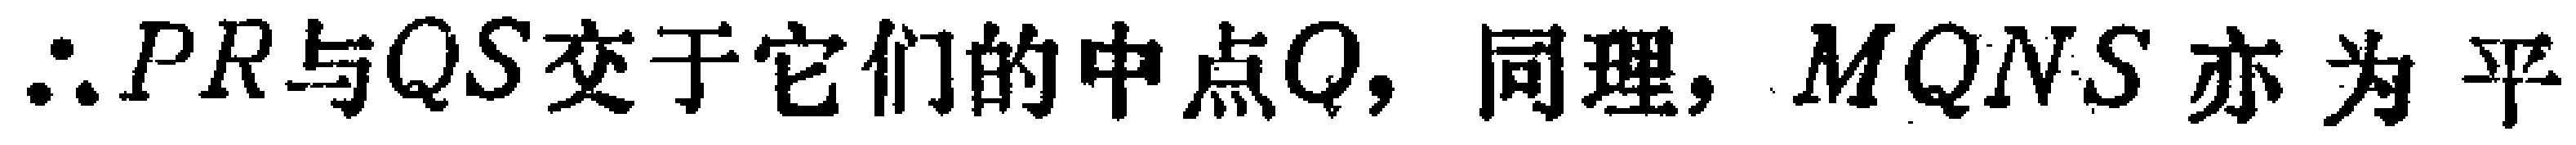
$\therefore PR与QS交于它们的中点Q, 同理, MQNS亦为平$